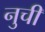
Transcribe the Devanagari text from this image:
नुचीं